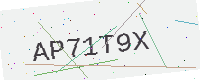
Text: AP71T9X